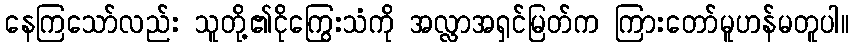
နေကြသော်လည်း သူတို့၏ငိုကြွေးသံကို အလ္လာအရှင်မြတ်က ကြားတော်မူဟန်မတူပါ။